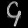
Digit: ၄